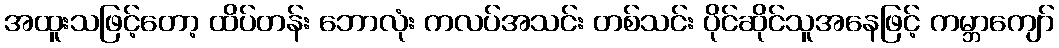
အထူးသဖြင့်တော့ ထိပ်တန်း ဘောလုံး ကလပ်အသင်း တစ်သင်း ပိုင်ဆိုင်သူအနေဖြင့် ကမ္ဘာကျော်